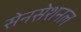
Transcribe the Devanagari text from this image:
सेनसेशनल